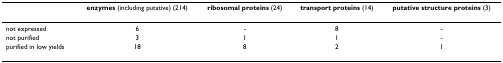
<table><thead><tr><td></td><td><b>enzymes (including putative) (214)</b></td><td><b>ribosomal proteins (24)</b></td><td><b>transport proteins (14)</b></td><td><b>putative structure proteins (3)</b></td></tr></thead><tbody><tr><td>not expressed</td><td>6</td><td>-</td><td>8</td><td>-</td></tr><tr><td>not purified</td><td>3</td><td>1</td><td>1</td><td>-</td></tr><tr><td>purified in low yields</td><td>18</td><td>8</td><td>2</td><td>1</td></tr></tbody></table>